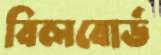
বিলবোর্ড